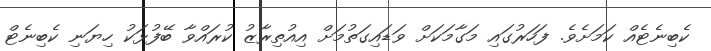
ކެބިނެޓެއް ކަމަށެވެ. ފަހަރުގައި މަގާމަކަށް ވަޑައިގަތުމަށް އިއުތިރާޒު ކުރައްވާ ބޭފުޅަކު ހިޔަނި ކެބިނެޓް